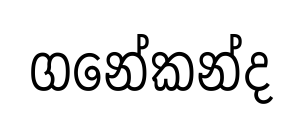
ගනේකන්ද